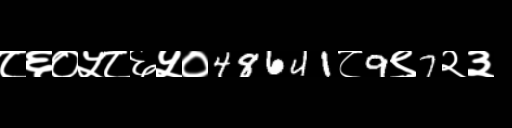
Text: ८६०५८६५०48641८9९7२३